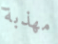
مهذبة